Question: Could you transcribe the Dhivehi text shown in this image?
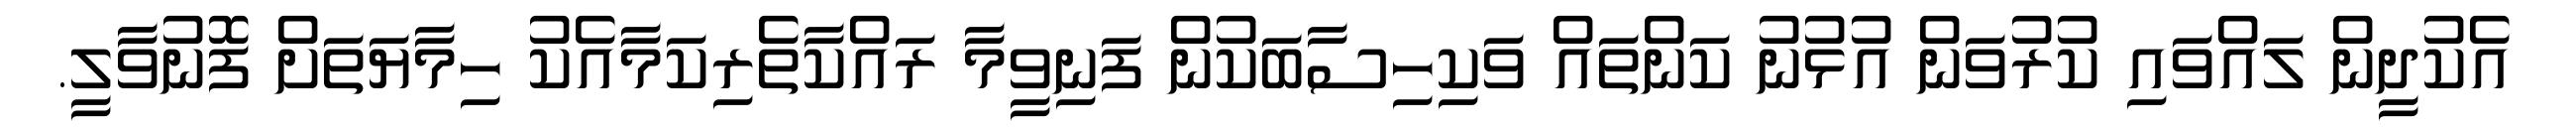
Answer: އެކުދީން ލައްވައި ކުރުވަން އުޅުނު ކަންތައް ވަކިހިސާބަކުން ފަނިވީމާ ރައްކާތެރިކަމާއެކު ހިމާޔަތަށް ފޮނުވާލީ.